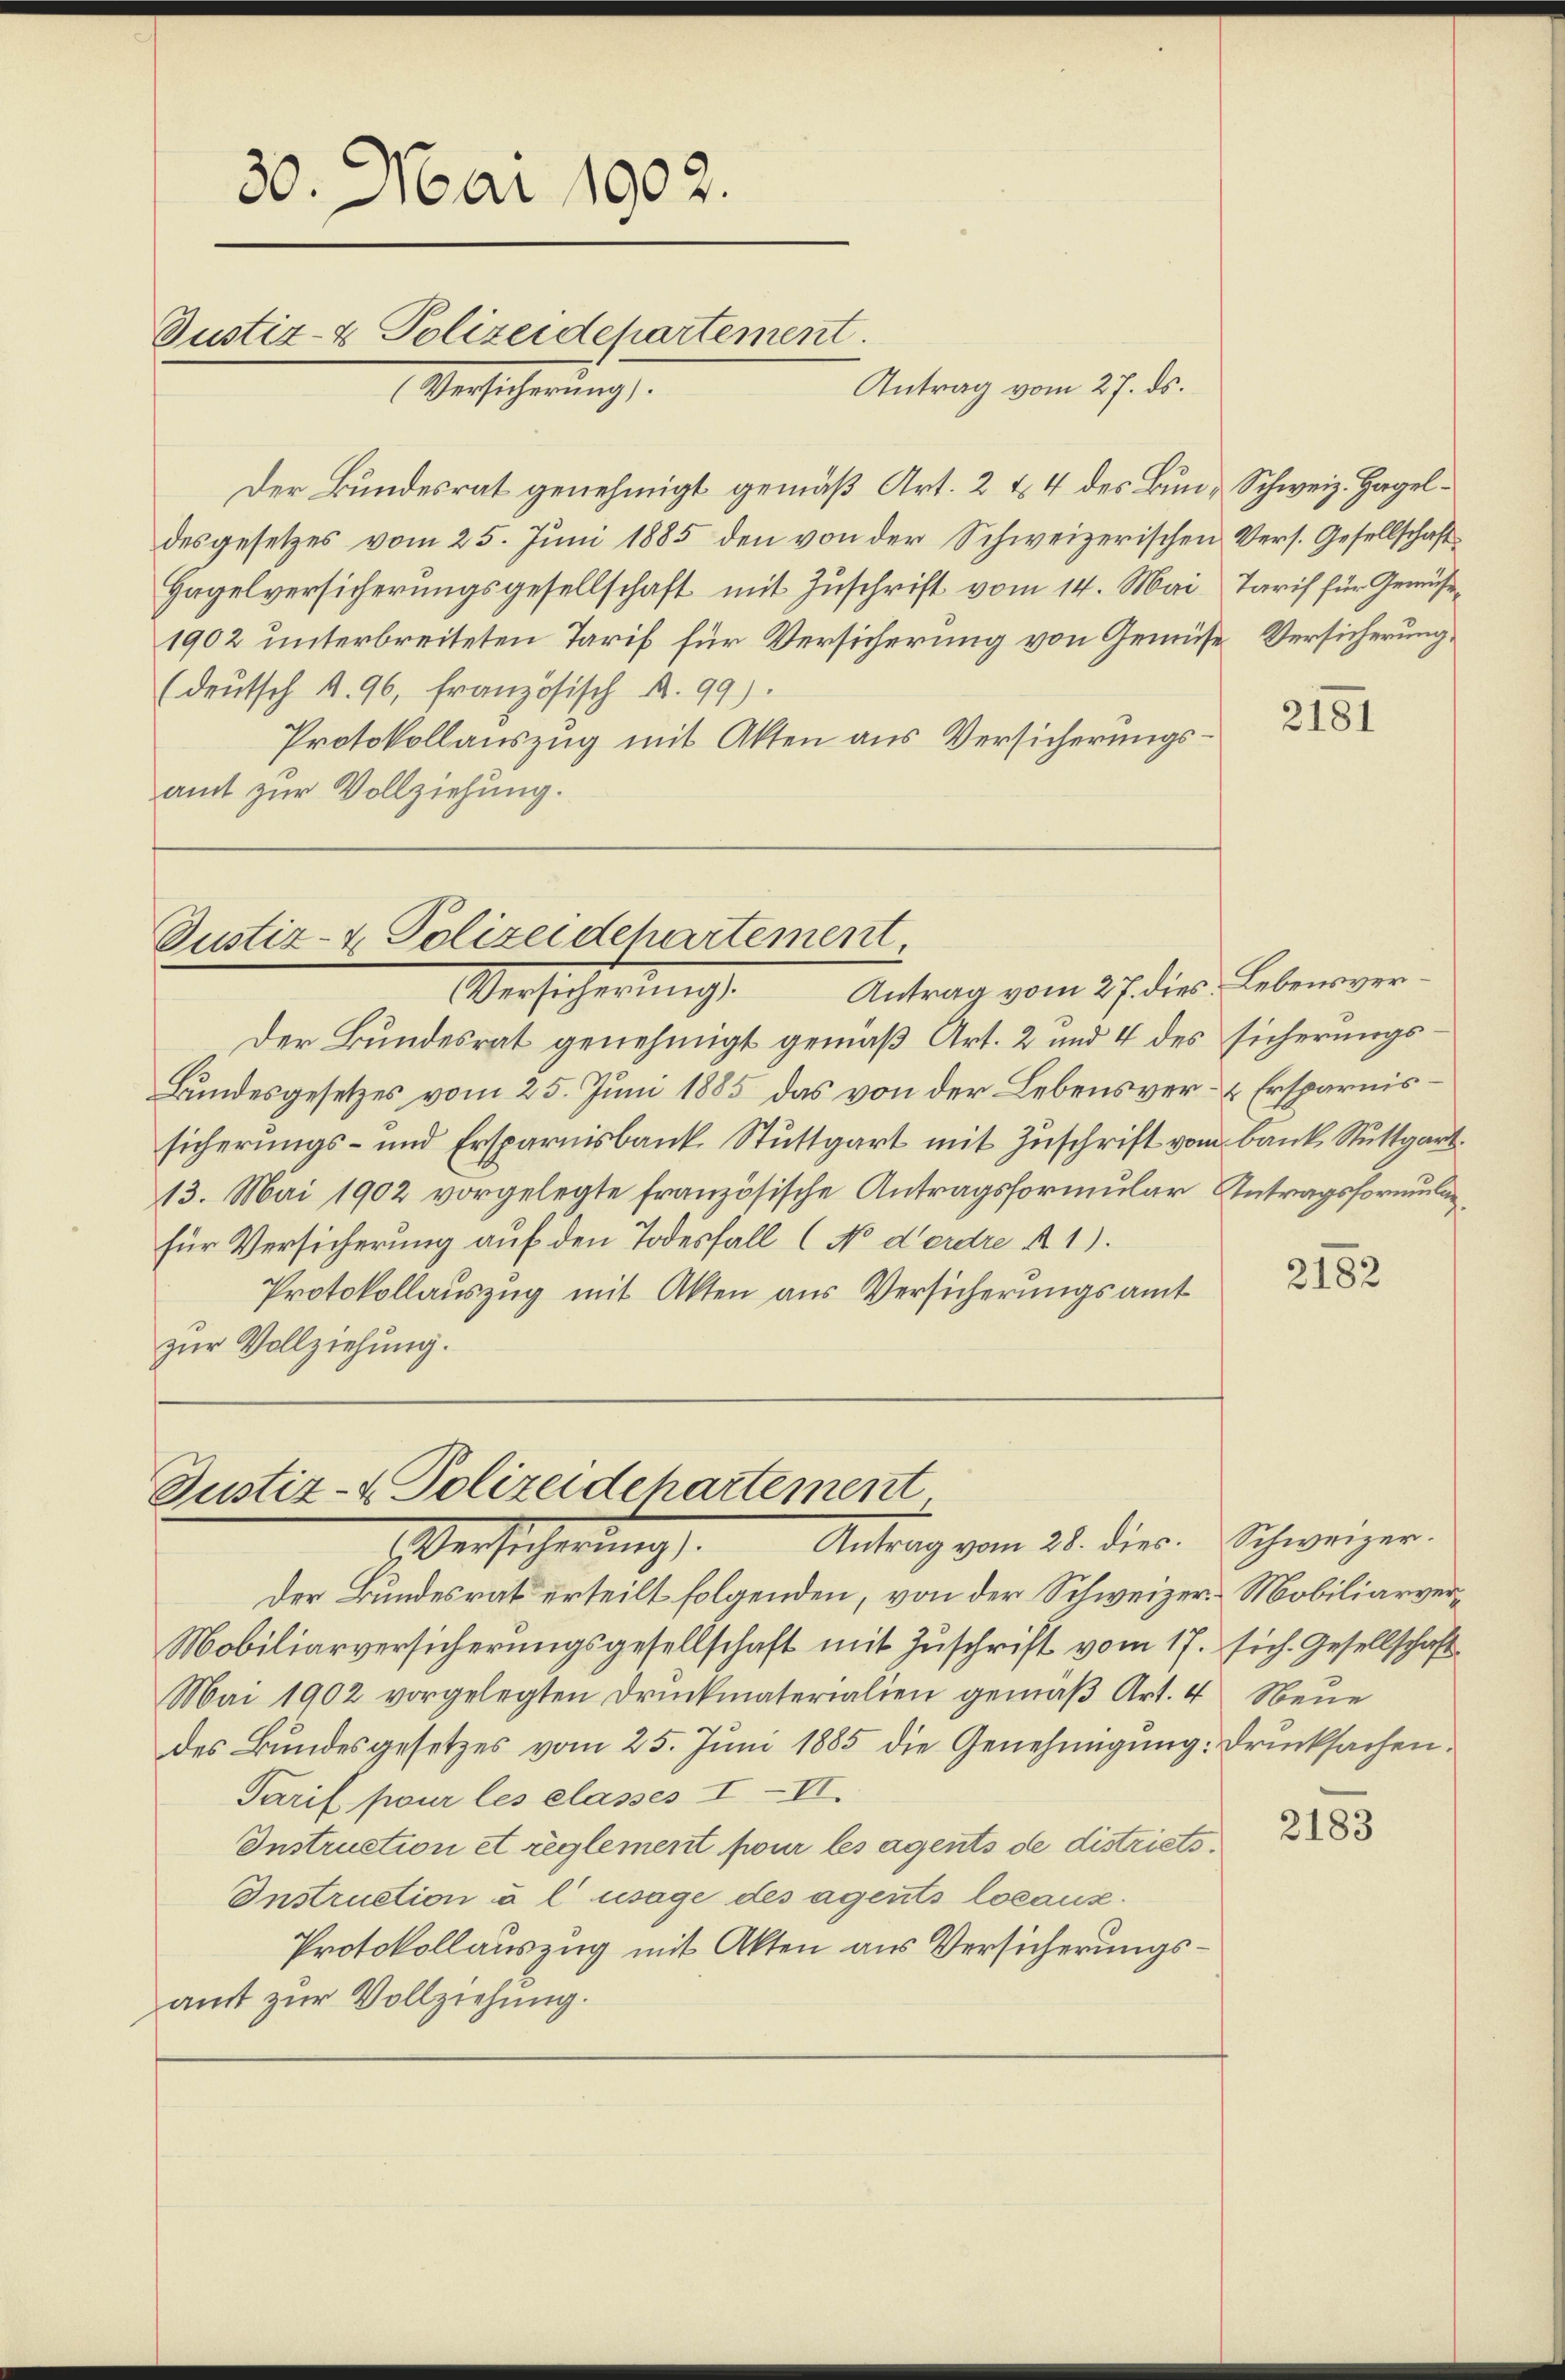
Der Bundesrat genehmigt gemäß Art. 2 & 4 des Bun- Schweiz. Hageldesgesetzes vom 25. Juni 1885 den von der Schweizerischen Vers. Gesellschaft¬
Hagelversicherungsgesellschaft mit Zuschrift vom 14. Mai Tarif für Gemüse¬
1902 unterbreiteten Tarif für Versicherung von Gemüse Versicherung,
(deŭtsch 4. 96, französisch A. 99).
Protokollauszug mit Akten aus Versicherungsamt zur Vollziehung.

30. Mai 1902.
Justiz- & Polizeidepartement.
(Versicherung).

Antrag

vom 27. ds.

Justiz- & Polizeidchartement,
Antrag vom 27. dies Lebensver¬
Versichterungs

Der Bundesrat genehmigt gemäß Art. 2 und 4 des sicherungs¬
Bundesgesetzes vom 25. Juni 1885 das von der Lebensver- & Ersparnissicherungs- und Ersparnisbank. Stuttgart mit Zuschrift vom Bank. Stuttgart.
13. Mai 1902 vorgelegte französische Antragsformular Antragsformularfür Versicherung auf den Todesfall (No derdre R.1).
Protokollauszug mit Akten aus Versicherungsamt
zur Vollziehung.

Justiz- & Polizeidchartement
Versicherung. Antrag vom 21. dies

Der Bundesrat erteilt folgenden, von der Schweizer-Mobiliarver¬
Mobiliarversicherungsgesellschaft mit Zuschrift vom 17. sich. Gesellschaft
Mai 1902 vorgelegten Druckmaterialien gemäß Art. 4 Neue
des Bundesgesetzes vom 25. Juni 1885 die Genehmigung: Drucksachen.
Tarif pour les classes III.
Instruction et reglement pour les agents de districts¬
Instruction à l’usage des agents locaux.
Protokollauszug mit Akten aus Versicherungsamt zur Vollziehung.

2181

2182

Schweizer.

2183